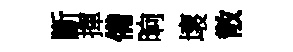
斷揮備晌壞散